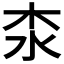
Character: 𣏶